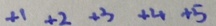
+ 1 + 2 + 3 + 4 + 5